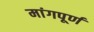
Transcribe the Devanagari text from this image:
मांगपूर्ण